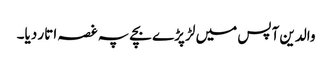
والدین آپس میں لڑ پڑے بچے پہ غصہ اتار دیا۔